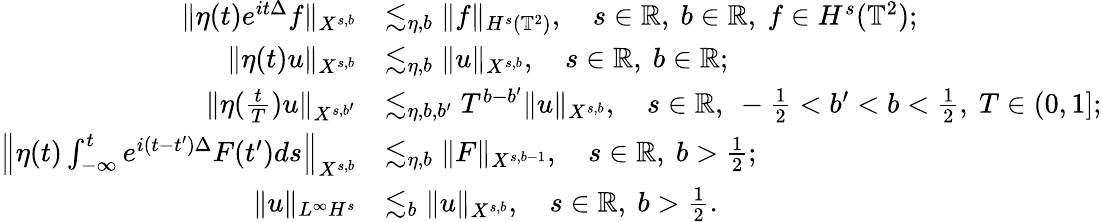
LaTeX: \begin{array}{rl}{\Vert\eta(t)e^{it\Delta}f\Vert_{X^{s,b}}}&{\lesssim_{\eta,b}\Vert f\Vert_{H^{s}(\mathbb{T}^{2})},\quad s\in\mathbb{R},~b\in\mathbb{R},~f\in H^{s}(\mathbb{T}^{2});}\\ {\Vert\eta(t)u\Vert_{X^{s,b}}}&{\lesssim_{\eta,b}\Vert u\Vert_{X^{s,b}},\quad s\in\mathbb{R},~b\in\mathbb{R};}\\ {\Vert\eta(\frac{t}{T})u\Vert_{X^{s,b^{\prime}}}}&{\lesssim_{\eta,b,b^{\prime}}T^{b-b^{\prime}}\Vert u\Vert_{X^{s,b}},\quad s\in\mathbb{R},~-\frac{1}{2}<b^{\prime}<b<\frac{1}{2},~T\in(0,1];}\\ {\left\Vert\eta(t)\int_{-\infty}^{t}e^{i(t-t^{\prime})\Delta}F(t^{\prime})ds\right\Vert_{X^{s,b}}}&{\lesssim_{\eta,b}\Vert F\Vert_{X^{s,b-1}},\quad s\in\mathbb{R},~b>\frac{1}{2};}\\ {\Vert u\Vert_{L^{\infty}H^{s}}}&{\lesssim_{b}\Vert u\Vert_{X^{s,b}},\quad s\in\mathbb{R},~b>\frac{1}{2}.}\end{array}